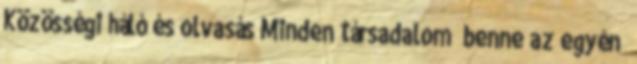
Közösségi háló és olvasás Minden társadalom benne az egyén